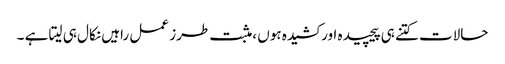
حالات کتنے ہی پیچیدہ اور کشیدہ ہوں ،مثبت طرز عمل راہیں نکال ہی لیتا ہے ۔